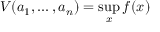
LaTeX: V ( a _ { 1 } , \ldots , a _ { n } ) = \operatorname* { s u p } _ { x } f ( x )